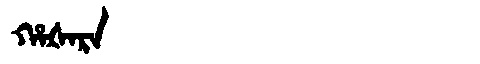
Manchu: ᡥᠠᡧᠠᡵᠠ
Romanization: HAŠARA